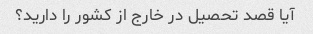
آیا قصد تحصیل در خارج از کشور را دارید؟